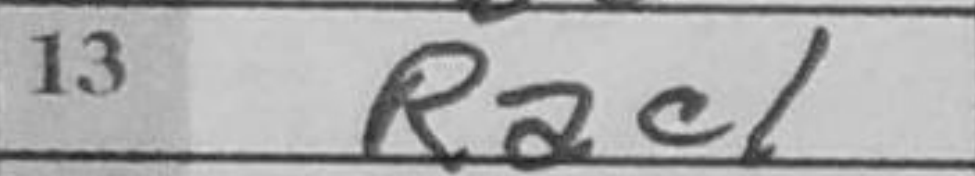
Transcription: Rac1